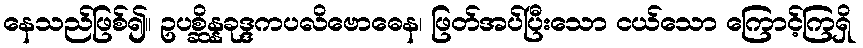
နေသည်ဖြစ်၍။ ဥပစ္ဆိန္နခုဒ္ဒကပလိဗောဓေန၊ ဖြတ်အပ်ပြီးသော ငယ်သော ကြောင့်ကြရှိ